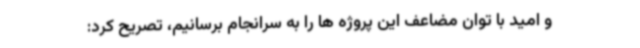
و امید با توان مضاعف این پروژه ها را به سرانجام برسانیم، تصریح کرد: